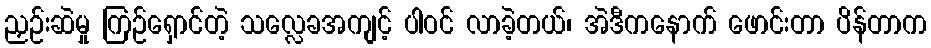
ညှဉ်းဆဲမှု ကြဉ်ရှောင်တဲ့ သလ္လေခအကျင့် ပါဝင် လာခဲ့တယ်၊ အဲဒီကနောက် ဖောင်းတာ ပိန်တာက